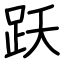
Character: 跃